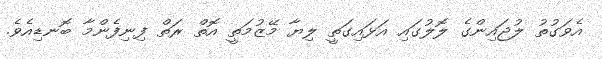
އެވަގުތު ލުޖައިންގެ ލޮލުގައި އަޅައިގަތީ ލިޔާ މޭޒުމަތީ އޮތް ރަތް ފިނިފެންމާ ބޮނޑިއެވެ.